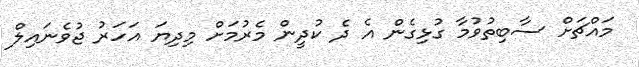
މައްޗަށް ސާބިތުވުމާ ގުޅިގެން އެ ދެ ކުދީން މެރުމަށް މިދިޔަ އަހަރު ޖުވެނައިލް